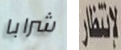
شرابا لانتظار